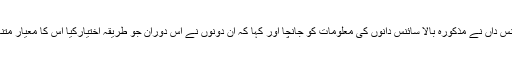
تاہم بعد میں سارخ (Sarich) نامی ایک اور سائنس داں نے مذکورہ بالا سائنس دانوں کی معلومات کو جانچا اور کہا کہ ان دونوں نے اس دوران جو طریقہ اختیارکیا اس کا معیار متنازعہ ہے اور نتائج میں مبالغہ آرائی کی گئی ہے۔